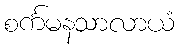
စင်္ကမနသာလာယံ